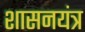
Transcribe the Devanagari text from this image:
शासनयंत्र